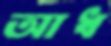
আধ